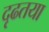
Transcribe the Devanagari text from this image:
दृढतया